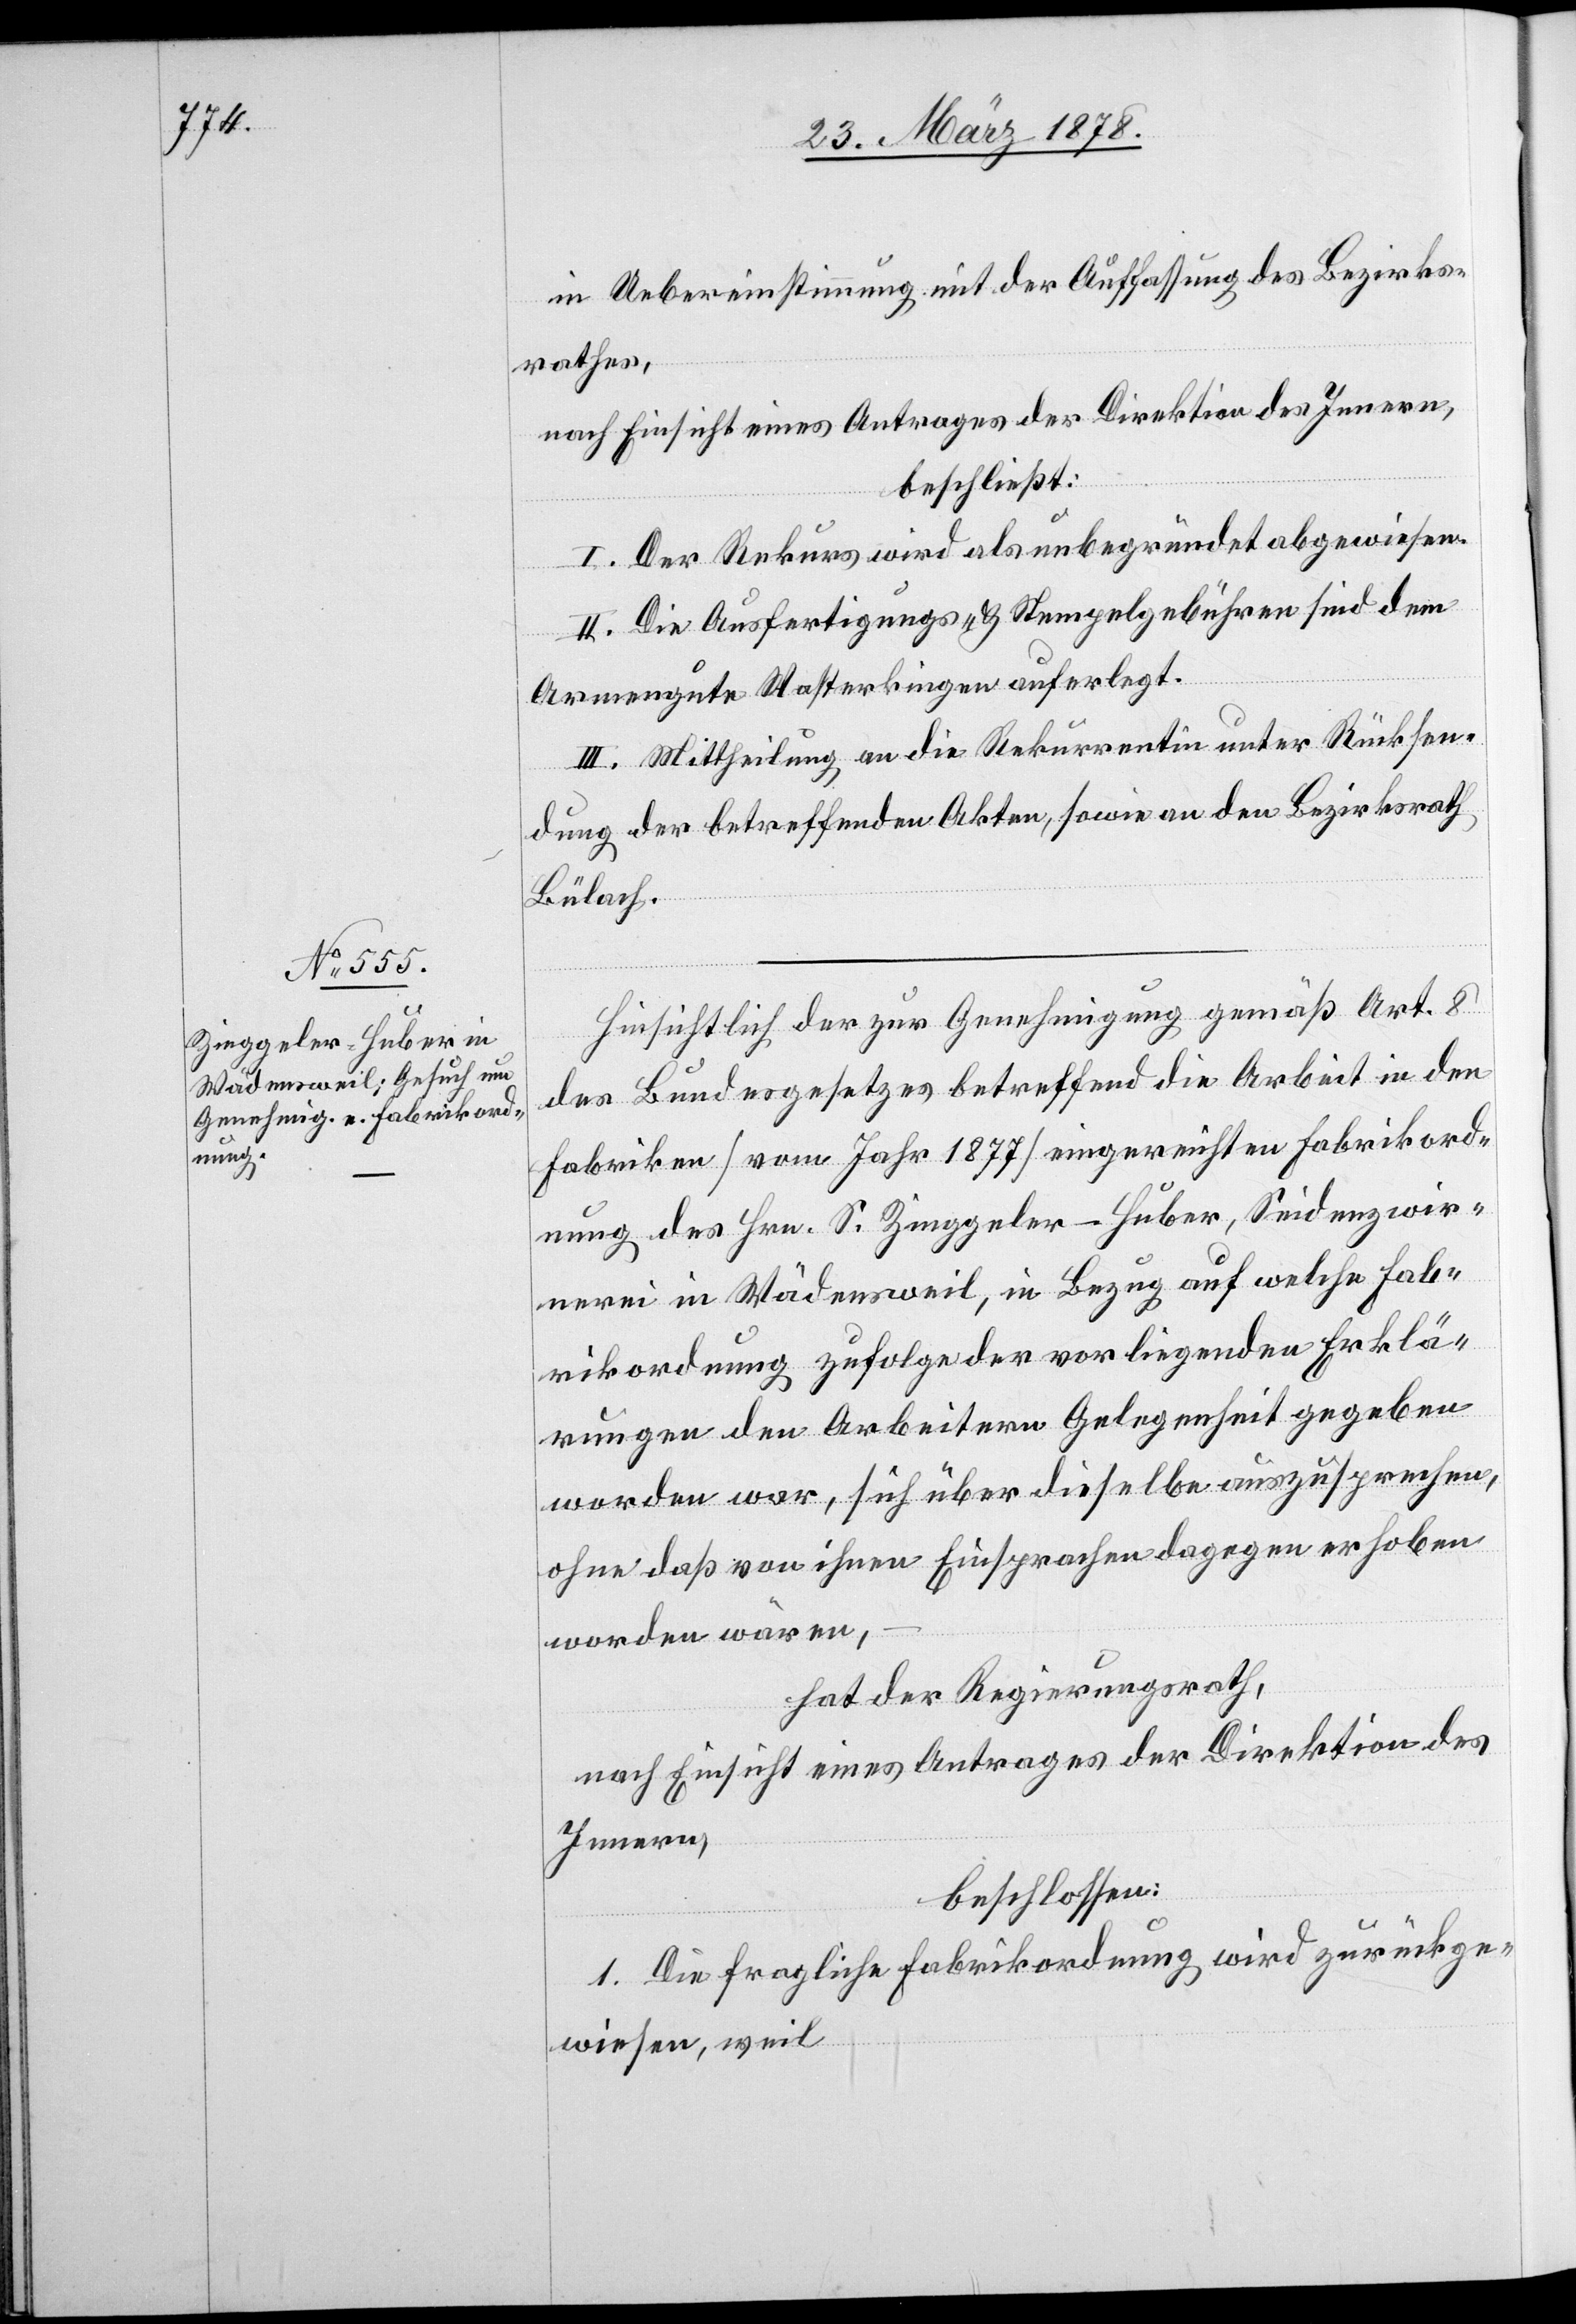
in Uebereinstimmung mit der Auffassung des Bezirks¬
rathes,
nach Einsicht eines Antrages der Direktion des Innern,
beschließt:
I. Der Rekurs wird als unbegründet abgewiesen.
II. Die Ausfertigungs- & Stempelgebühren sind dem
Armengute Wasterkingen auferlegt.
III. Mittheilung an die Rekurrentin unter Rücksen¬
dung der betreffenden Akten, sowie an den Bezirksrath
Bülach.
Hinsichtlich der zur Genehmigung gemäß Art. 8
des Bundesgesetzes betreffend die Arbeit in den
Fabriken (vom Jahr 1877) eingereichten Fabrikord¬
nung des Hrn. S. Zinggeler-Huber, Seidenzwir¬
nerei in Wädensweil, in Bezug auf welche Fab¬
rikordnung zufolge der vorliegenden Erklä¬
rungen den Arbeitern Gelegenheit gegeben
worden war, sich über dieselbe auszusprechen,
ohne daß von ihnen Einsprachen dagegen erhoben
worden wären,
hat der Regierungsrath,
nach Einsicht eines Antrages der Direktion des
Innern,
beschlossen:
1. Die fragliche Fabrikordnung wird zurückge¬
wiesen, weil